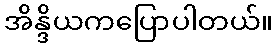
အိန္ဒိယကပြောပါတယ်။